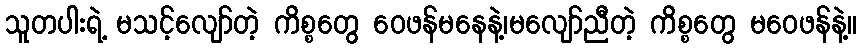
သူတပါးရဲ့ မသင့်လျော်တဲ့ ကိစ္စတွေ ဝေဖန်မနေနဲ့၊မလျော်ညီတဲ့ ကိစ္စတွေ မဝေဖန်နဲ့။